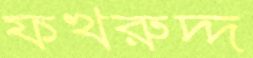
ফখরুদ্দ